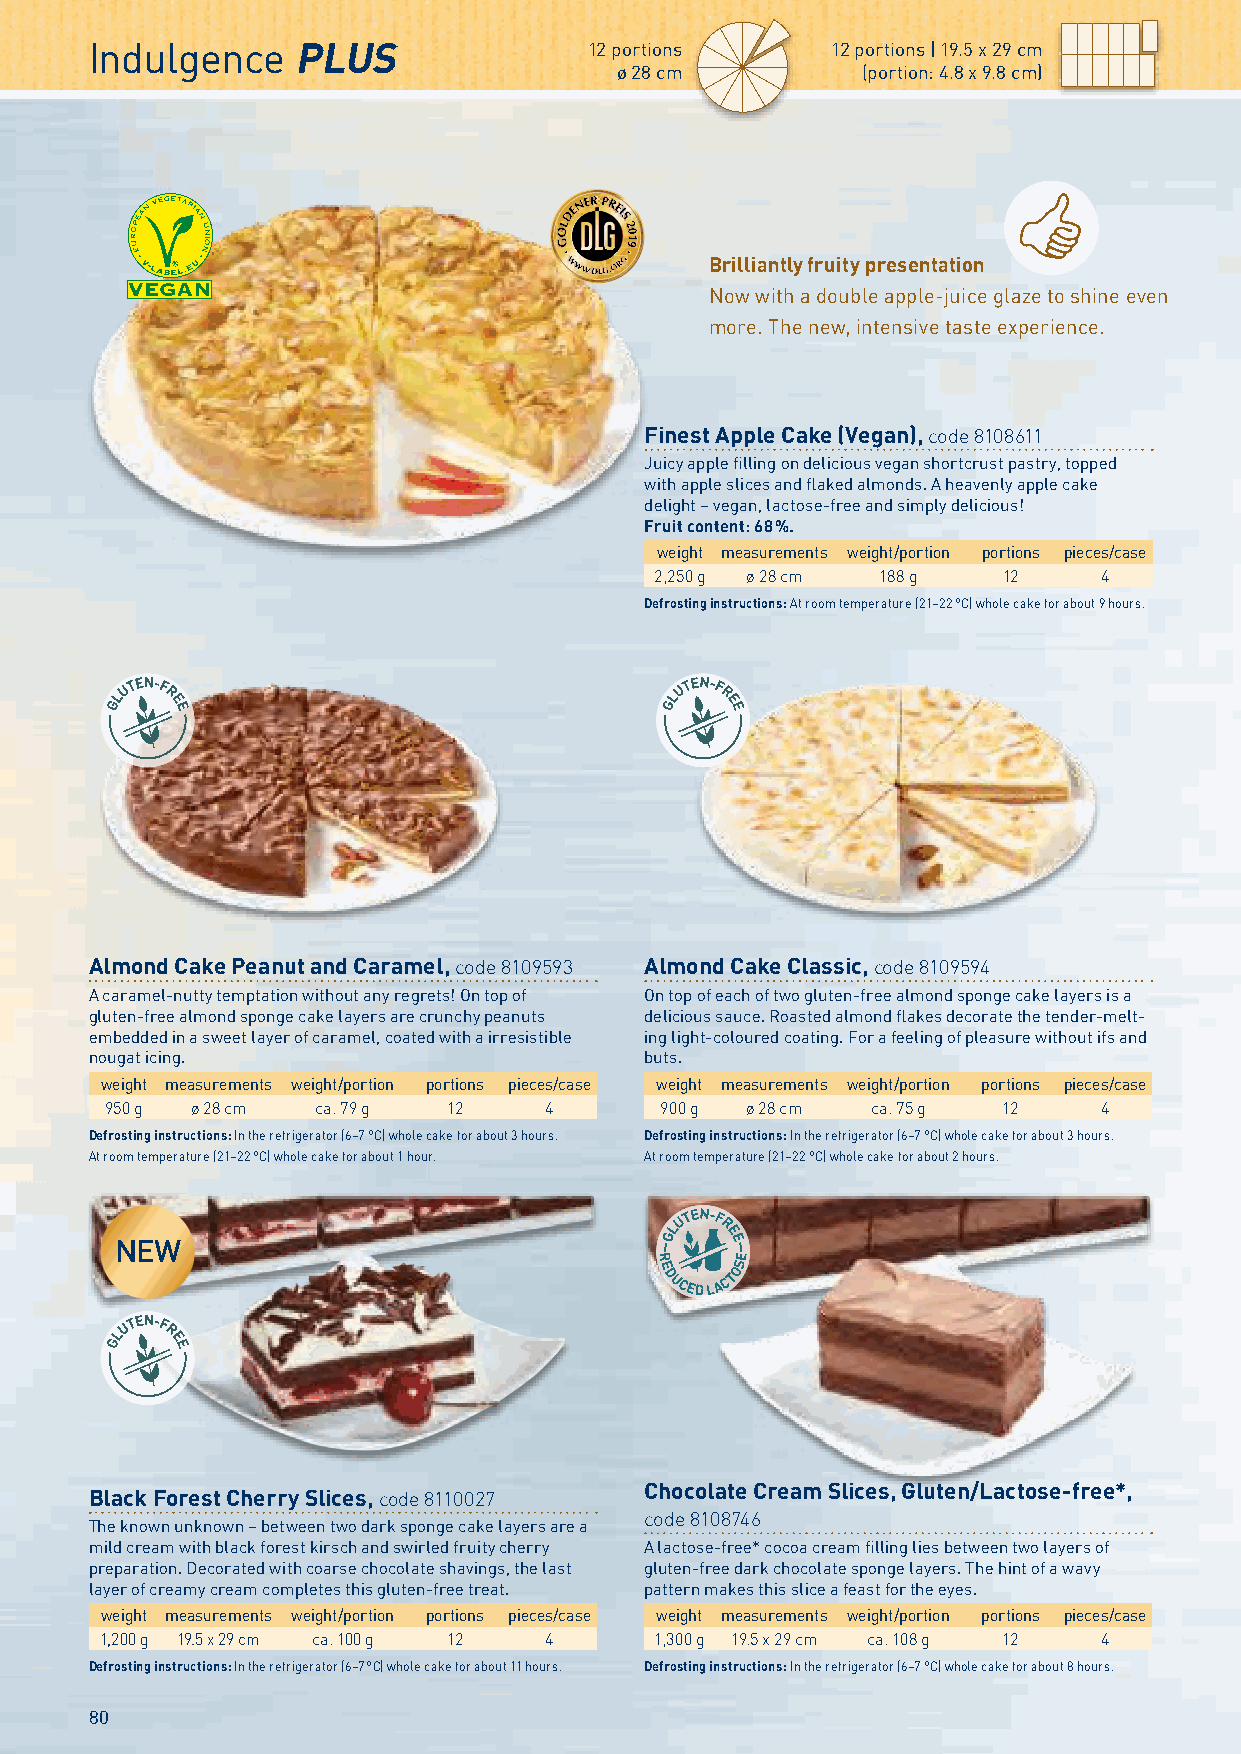
Indulgence   PLUS                12 portions     12 portions | 19.5 x 29 cm
 ø 28 cm         (portion: 4.8 x 9.8 cm)
 Brilliantly fruity presentation
 Now with a double apple-juice glaze to shine even
 more. The new, intensive taste experience.
 Finest Apple Cake (Vegan), code 8108611
 Juicy apple filling on delicious vegan shortcrust pastry, topped
 with apple slices and flaked almonds. A heavenly apple cake
 delight – vegan, lactose-free and simply delicious!
 Fruit content: 68 %.
 weight measurements weight/portion portions pieces/case
 2,250 g ø 28 cm 188 g  12     4
 Defrosting instructions: At room temperature (21–22 °C) whole cake for about 9 hours.
 Almond Cake Peanut and Caramel, code 8109593 Almond Cake Classic, code 8109594
 A caramel-nutty temptation without any regrets! On top of On top of each of two gluten-free almond sponge cake layers is a
 gluten-free almond sponge cake layers are crunchy peanuts delicious sauce. Roasted almond flakes decorate the tender-melt-
 embedded in a sweet layer of caramel, coated with a irresistible ing light-coloured coating. For a feeling of pleasure without ifs and
 nougat icing.                        buts.
 weight measurements weight/portion portions pieces/case weight measurements weight/portion portions pieces/case
 950 g ø 28 cm ca. 79 g 12    4       900 g ø 28 cm ca. 75 g 12    4
 Defrosting instructions: In the refrigerator (6–7 °C) whole cake for about 3 hours. Defrosting instructions: In the refrigerator (6–7 °C) whole cake for about 3 hours.
 At room temperature (21–22 °C) whole cake for about 1 hour. At room temperature (21–22 °C) whole cake for about 2 hours.
 NEW
 Black Forest Cherry Slices, code 8110027 Chocolate Cream Slices, Gluten/Lactose-free*,
 code 8108746
 The known unknown – between two dark sponge cake layers are a
 mild cream with black forest kirsch and swirled fruity cherry A lactose-free* cocoa cream filling lies between two layers of
 preparation. Decorated with coarse chocolate shavings, the last gluten-free dark chocolate sponge layers. The hint of a wavy
 layer of creamy cream completes this gluten-free treat. pattern makes this slice a feast for the eyes.
 weight measurements weight/portion portions pieces/case weight measurements weight/portion portions pieces/case
 1,200 g 19.5 x 29 cm ca. 100 g 12 4 1,300 g 19.5 x 29 cm ca. 108 g 12 4
 Defrosting instructions: In the refrigerator (6–7 °C) whole cake for about 11 hours. Defrosting instructions: In the refrigerator (6–7 °C) whole cake for about 8 hours.
 80